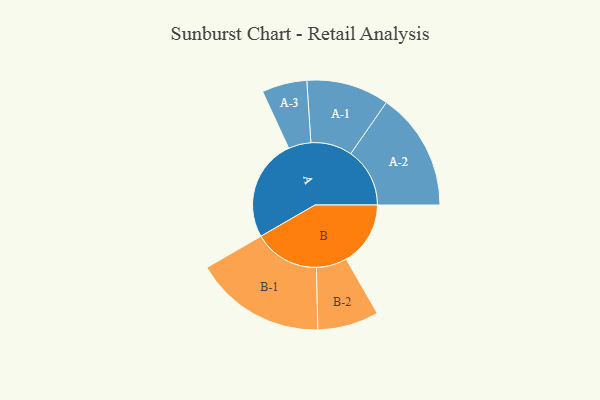
{"axis": {"x": "Segment", "y": "Value"}, "legend": ["", "A", "B"], "data": [{"x": "A", "y": 466, "type": ""}, {"x": "B", "y": 294, "type": ""}, {"x": "A-1", "y": 189, "type": "A"}, {"x": "A-2", "y": 270, "type": "A"}, {"x": "A-3", "y": 103, "type": "A"}, {"x": "B-1", "y": 300, "type": "B"}, {"x": "B-2", "y": 140, "type": "B"}]}